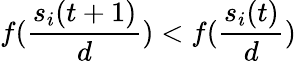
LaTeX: f(\frac{s_{i}(t+1)}{d})<f(\frac{s_{i}(t)}{d})